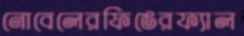
নোবেলেরফিঙেরফ্যাল